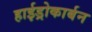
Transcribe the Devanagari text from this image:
हाईड्रोकार्बन